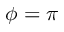
\phi = \pi